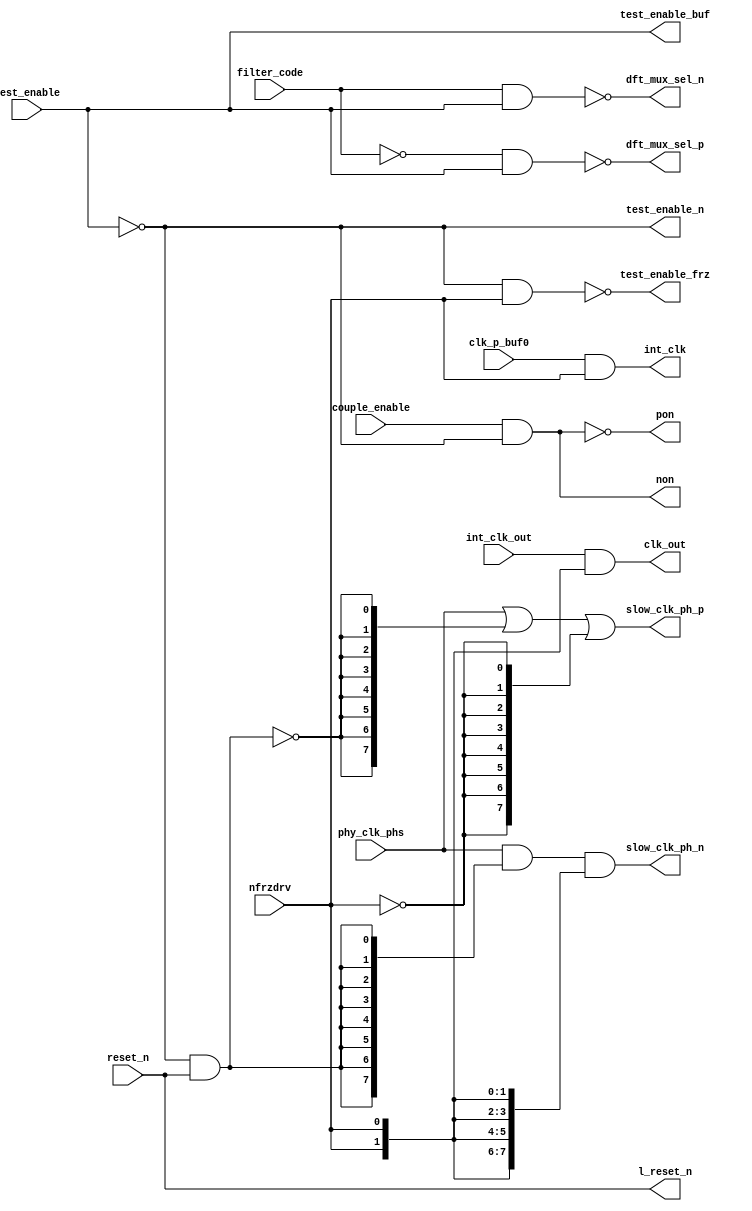
// SPDX-License-Identifier: Apache-2.0
// Copyright (C) 2019 Intel Corporation. All rights reserved

//-------------------------------------------------------------------------------------------------------------------------------------------------------------------------
// io_interp_misc :   misc block for interpolator
//-------------------------------------------------------------------------------------------------------------------------------------------------------------------------

module io_interp_misc (
input          reset_n,          	// Active low reset
input          test_enable,      	// Active high test enable    1: avoid tristate on output of interp_mux during testing
input          nfrzdrv,          	// for power domain crossing protection
input          couple_enable,    	// cross coupling enable
input          filter_code,      	// borrowed from filter_code[0] for test
input          clk_p_buf0,       	// Clock for pnr int_clk
input    [1:0] int_clk_out,      	// interpolator clock for pnr/dpa
input    [7:0] phy_clk_phs,      	// 8 phase 1.6GHz local clock
output   [7:0] slow_clk_ph_p,    	// 8 phase 1.6GHz local clock
output   [7:0] slow_clk_ph_n,    	// 8 phase 1.6GHz local clock
output         test_enable_buf,  	// Active high test enable    1: avoid tristate on output of interp_mux during testing
output         test_enable_frz,  	// Active high test enable    1: avoid tristate on output of interp_mux during testing
output         test_enable_n,    	// Active low test enable    0: avoid tristate on output of interp_mux during testing
output         l_reset_n,        	// Active low reset
output   [1:0] clk_out,			// interpolator clock for pnr/dpa
output         dft_mux_sel_n,        	// for test
output         dft_mux_sel_p,        	// for test
output         pon,        		// cross couple control for p fingers
output         non,        		// cross couple control for n fingers
output         int_clk	                // Clock for the counter
);

`ifdef TIMESCALE_EN
                timeunit 1ps;
                timeprecision 1ps;
`endif

parameter  INV_DELAY      = 15;  // 15ps
parameter  LATCH_DELAY    = 50;  // 50ps
parameter  BUF_DELAY      = 25;  // 25ps
parameter  MUX_DELAY      = 50;  // 50ps

wire	   test_rst_p;
wire	   test_rst_n;

assign #(2 * INV_DELAY) clk_out[1:0] = int_clk_out[1:0] & {2{nfrzdrv}};
assign #(2 * INV_DELAY) int_clk = clk_p_buf0 & nfrzdrv;
assign l_reset_n = reset_n;
assign test_enable_n        = ~test_enable;
assign test_enable_buf      = ~test_enable_n;
assign test_enable_frz      = ~(test_enable_n & nfrzdrv);
assign test_rst_n           = test_enable_n & reset_n;
assign test_rst_p           = ~test_rst_n;
assign #(3 * INV_DELAY) slow_clk_ph_p[7:0] = phy_clk_phs[7:0] | {8{test_rst_p}} | {8{~nfrzdrv}};
assign #(3 * INV_DELAY) slow_clk_ph_n[7:0] = phy_clk_phs[7:0] & {8{test_rst_n}} & {8{nfrzdrv}};
assign dft_mux_sel_p        = ~(~filter_code & test_enable_buf);
assign dft_mux_sel_n        = ~(filter_code & test_enable_buf);
assign non	    	    = couple_enable & test_enable_n;
assign pon	    	    = ~non;

endmodule